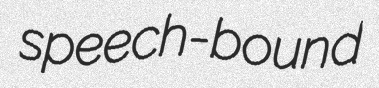
speech-bound